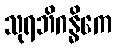
သုရဘိဂန္ဓိကေ